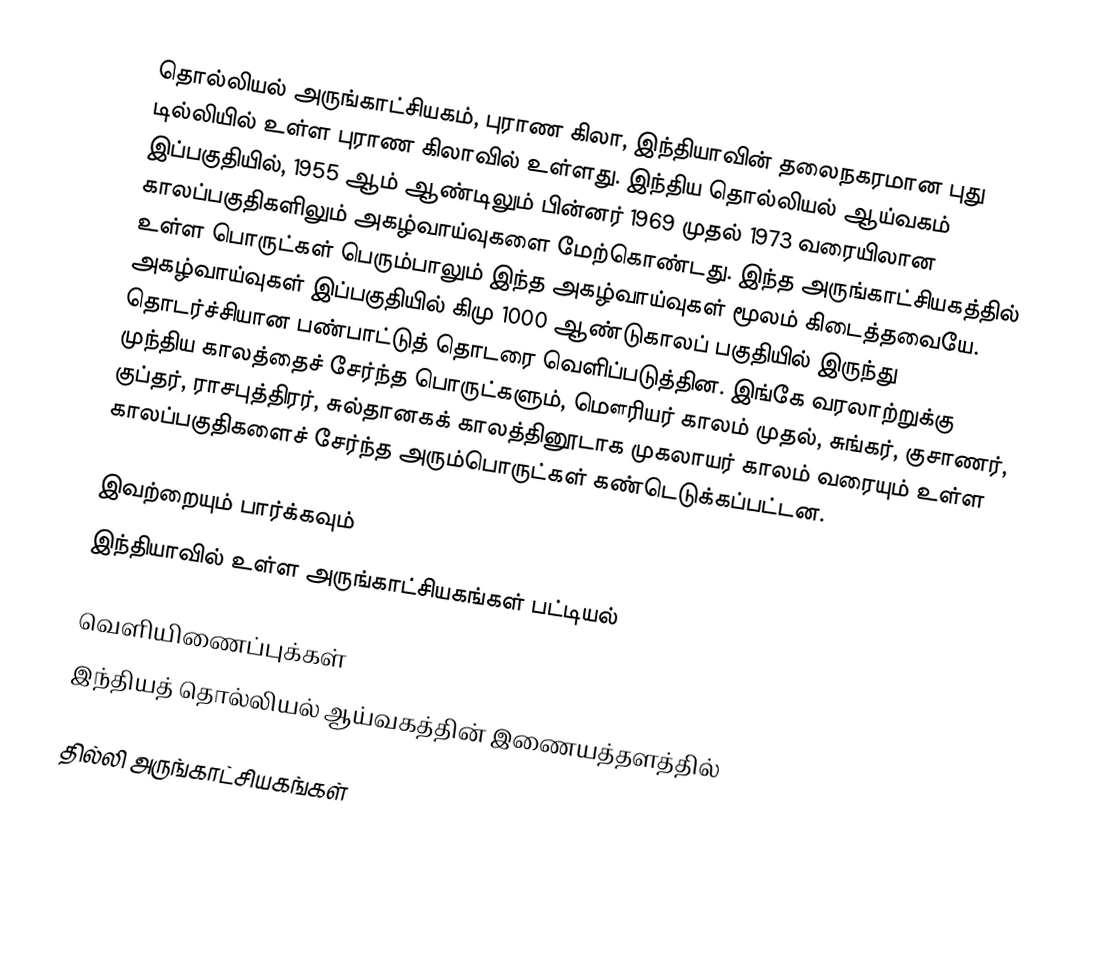
தொல்லியல் அருங்காட்சியகம், புராண கிலா, இந்தியாவின் தலைநகரமான புது டில்லியில் உள்ள புராண கிலாவில் உள்ளது. இந்திய தொல்லியல் ஆய்வகம் இப்பகுதியில், 1955 ஆம் ஆண்டிலும் பின்னர் 1969 முதல் 1973 வரையிலான காலப்பகுதிகளிலும் அகழ்வாய்வுகளை மேற்கொண்டது. இந்த அருங்காட்சியகத்தில் உள்ள பொருட்கள் பெரும்பாலும் இந்த அகழ்வாய்வுகள் மூலம் கிடைத்தவையே. அகழ்வாய்வுகள் இப்பகுதியில் கிமு 1000 ஆண்டுகாலப் பகுதியில் இருந்து தொடர்ச்சியான பண்பாட்டுத் தொடரை வெளிப்படுத்தின. இங்கே வரலாற்றுக்கு முந்திய காலத்தைச் சேர்ந்த பொருட்களும், மௌரியர் காலம் முதல், சுங்கர், குசாணர், குப்தர், ராசபுத்திரர், சுல்தானகக் காலத்தினூடாக முகலாயர் காலம் வரையும் உள்ள காலப்பகுதிகளைச் சேர்ந்த அரும்பொருட்கள் கண்டெடுக்கப்பட்டன.

இவற்றையும் பார்க்கவும்
 இந்தியாவில் உள்ள அருங்காட்சியகங்கள் பட்டியல்

வெளியிணைப்புக்கள்
 இந்தியத் தொல்லியல் ஆய்வகத்தின் இணையத்தளத்தில்

தில்லி அருங்காட்சியகங்கள்